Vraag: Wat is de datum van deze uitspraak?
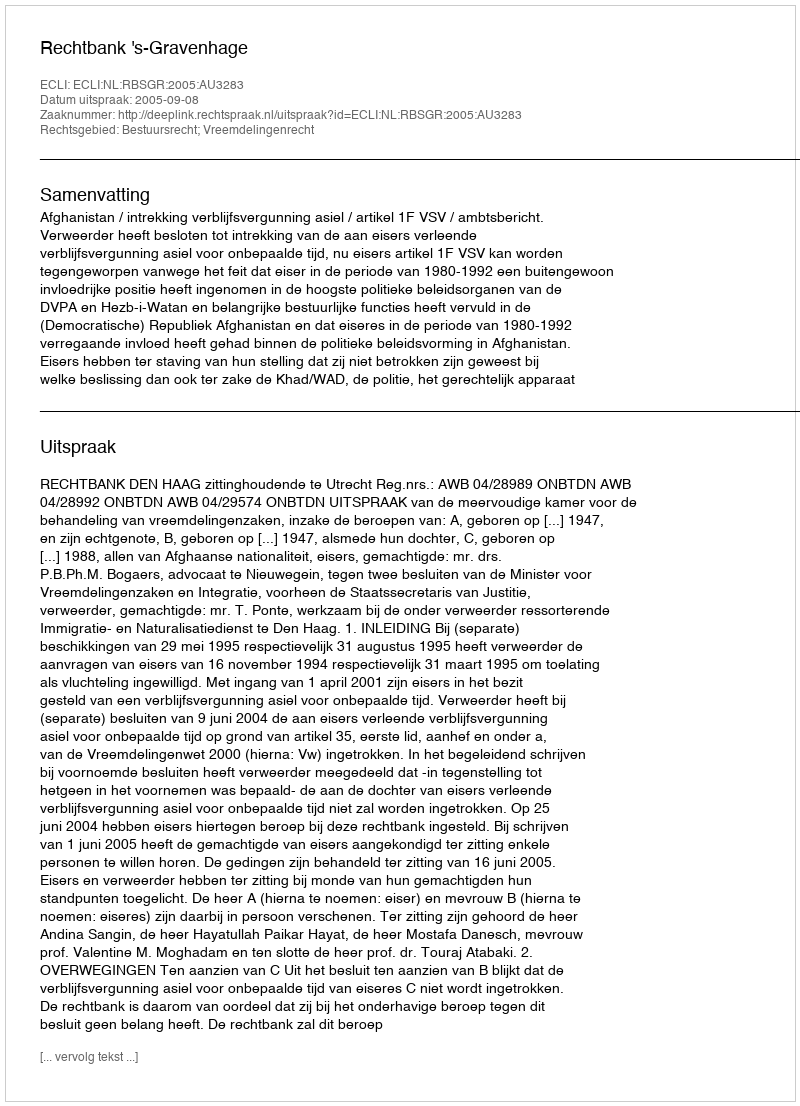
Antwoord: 2005-09-08